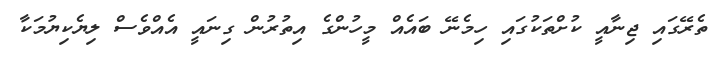
ތެރޭގައި ޖިނާއީ ކުށްތަކުގައި ހިމެނޭ ބައެއް މީހުންގެ އިތުރުން ގިނައީ އެއްވެސް ލިޔެކިޔުމަކާ